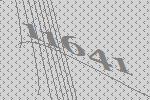
11641